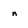
Character: n